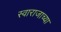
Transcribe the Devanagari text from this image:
स्वाराजाच्या